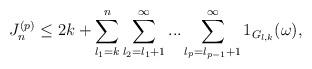
LaTeX: \begin{align*}J_n^{(p)}\le 2k+\sum_{l_1=k}^{n} \sum_{l_2=l_1+1}^{\infty}...\sum_{l_p=l_{p-1}+1}^{\infty} 1_{G_{l,k}}(\omega), \end{align*}